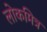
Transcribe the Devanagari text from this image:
लोकमित्र